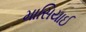
માસિયાઈ